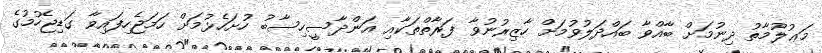
މަޢުލޫމާތު ދިނުމަށް ބާއްވާ ބައްދަލުވުމަށް ހާޒިރުނުވާ ފަރާތްތަކާއި އަންދާސީހިސާބު ހުށަހެޅުމަށް ހަމަޖެހިފައިވާ ގަޑިޖެހުމުގެ